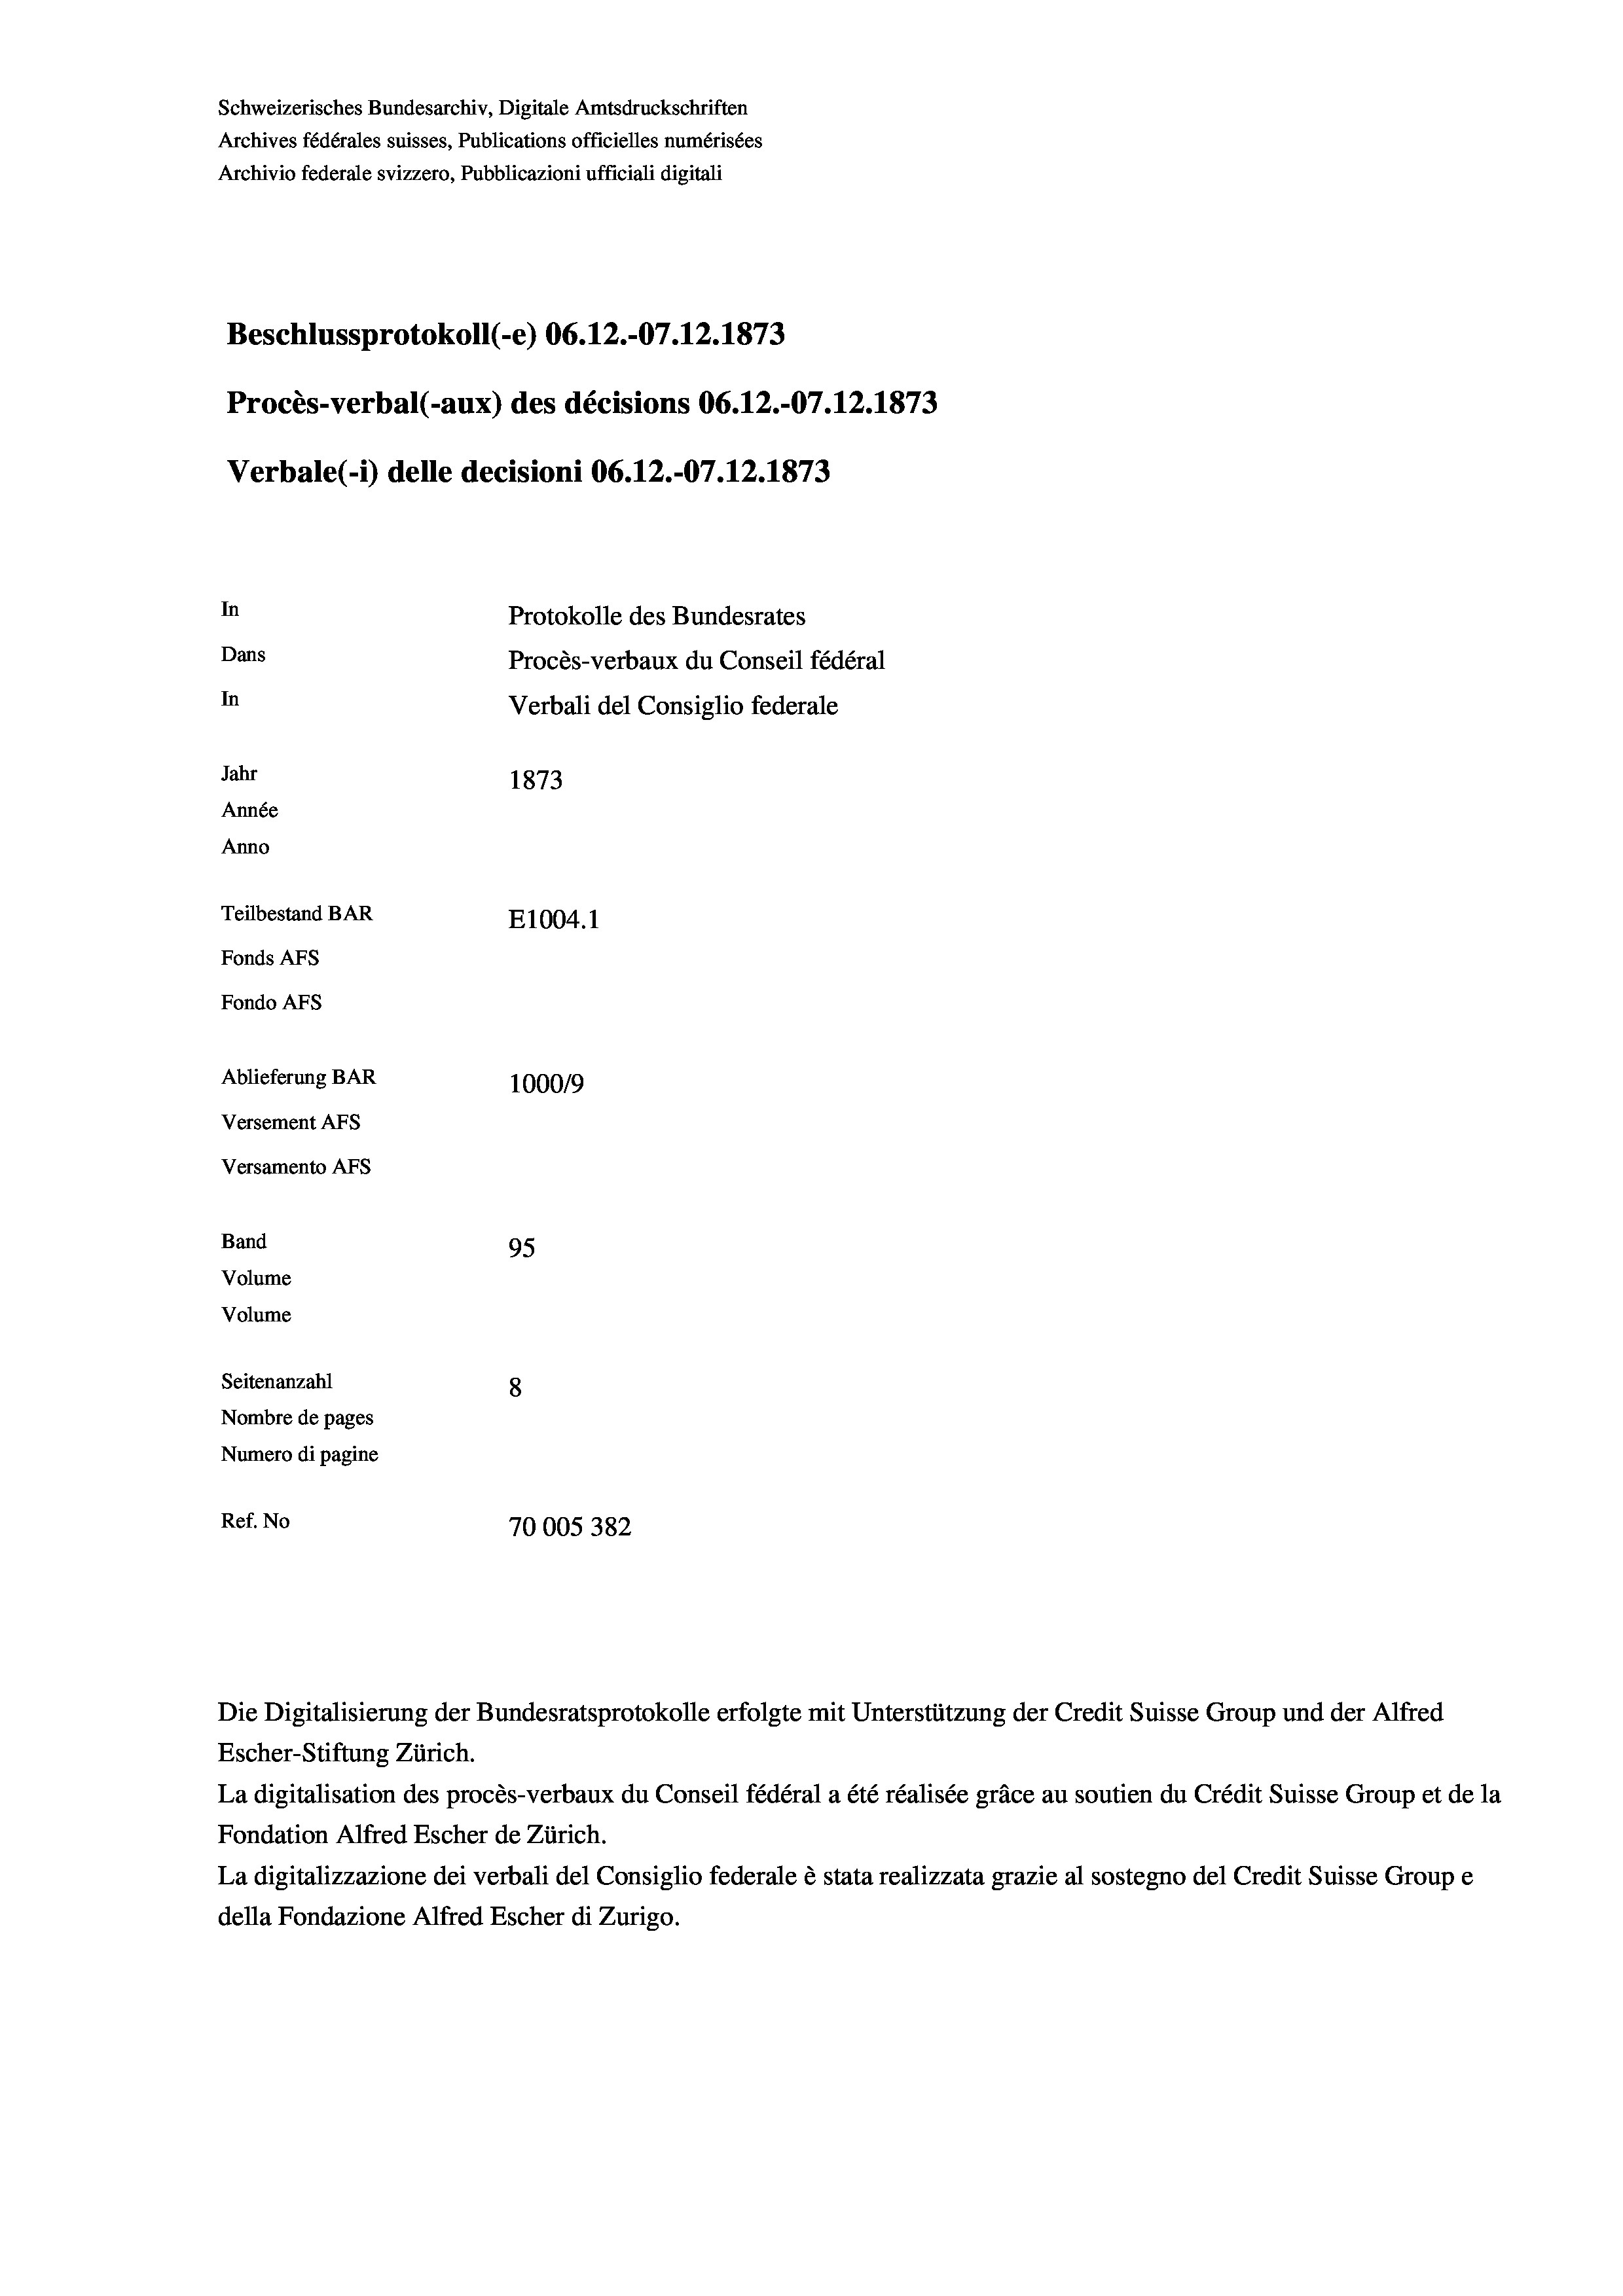
Schweizerisches Bundesarchiv, Digitale Amtsdruckschriften
Archives fédérales suisses, Publications officielles numérisées
Archivio federale svizzero, Pubblicazioni ufficiali digitali
Beschlussprotokoll (-e) 06.12.-07.12.1873
Procès-verbal (-aux) des décisions 06.12.-07.12.1873
Verbale (- 1) delle decisioni 06.12.-07.12.1873
In
Protokolle des Bundesrates
Dans
Procès-verbaux du Conseil fédéral
In
Verbali del Consiglio federale
Jahr
1873
Année
Anno
Teilbestand BAR
E1004.1
Fonds AFs
Fondo AFs
Ablieferung BAR
100019
Versement AFs
Versamento AFs
Band
95
Volume
Volume
Seitenanzahl
8
Nombre de pages
Numero di pagine
Ref. No
70005 382

Escher-Stiftung Zürich.
La digitalisation des procès-verbaux du Conseil fédéral a été réalisée gräce au soutien du Crédit Suisse Group et de la
Fondation Alfred Escher de Zürich.
La digitalizzazione dei verbali del Consiglio federale è stata realizzata grazie al sostegno del Credit Suisse Groupe
della Fondazione Alfred Escher di Zurigo.

Die Digitalisierung der Bundesratsprotokolle erfolgte mit Unterstützung der Credit Suisse Group und der Alfred